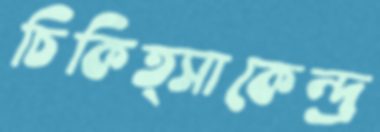
চিকিত্সাকেন্দ্র